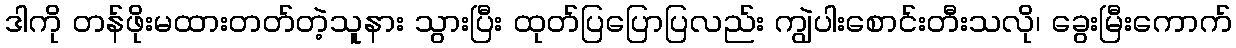
ဒါကို တန်ဖိုးမထားတတ်တဲ့သူနား သွားပြီး ထုတ်ပြပြောပြလည်း ကျွဲပါးစောင်းတီးသလို၊ ခွေးမြီးကောက်